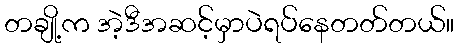
တချို့က အဲ့ဒီအဆင့်မှာပဲရပ်နေတတ်တယ်။